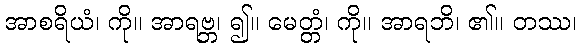
အာစရိယံ၊ ကို။ အာရဗ္ဘ၊ ၍။ မေတ္တံ၊ ကို။ အာရဘိ၊ ၏။ တဿ၊